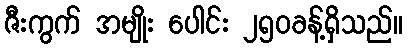
ဇီးကွက် အမျိုး ပေါင်း ၂၅၀ခန့်ရှိသည်။